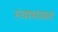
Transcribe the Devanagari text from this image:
स्वाभावत